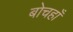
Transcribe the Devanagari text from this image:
बोचहाँ